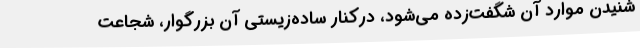
شنیدن موارد آن شگفت‌زده می‌شود، درکنار ساده‌زیستی آن بزرگوار، شجاعت